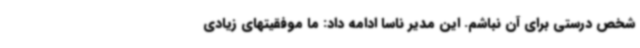
شخص درستی برای آن نباشم. این مدیر ناسا ادامه داد: ما موفقیتهای زیادی